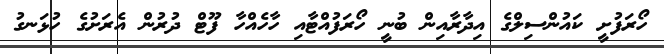
ހޯރަފުށީ ކައުންސިލްގެ އިދާރާއިން ބުނީ ހޯރަފުއްޓާއި ހާހެއްހާ ފޫޓް ދުރުން އެރަށުގެ ހުޅަނގު